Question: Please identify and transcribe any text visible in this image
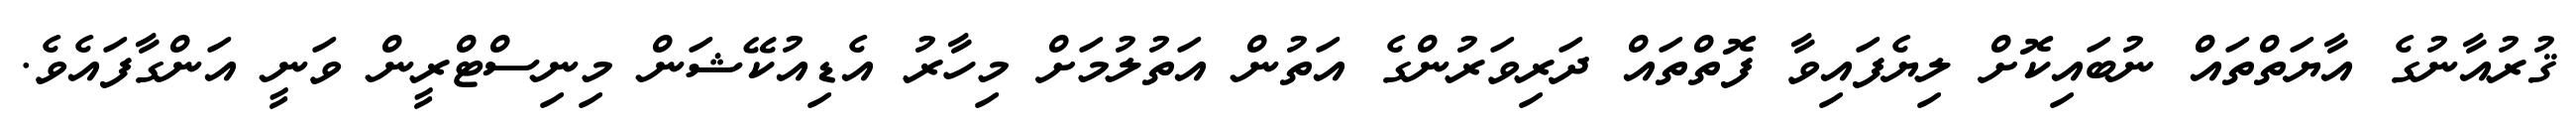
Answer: ޤުރުއާނުގެ އާޔަތްތައް ނުބައިކޮށް ލިޔެފައިވާ ފޮތްތައް ދަރިވަރުންގެ އަތުން އަތުލުމަށް މިހާރު އެޑިއުކޭޝަން މިނިސްޓްރީން ވަނީ އަންގާފައެވެ.